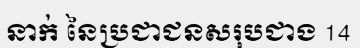
នាក់ នៃប្រជាជនសរុបជាង 14